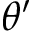
\theta ^ { \prime }